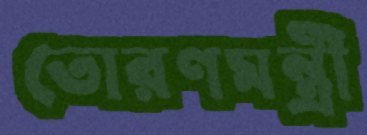
তোরণমন্ত্রী